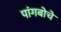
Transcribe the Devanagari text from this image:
पांगबोचे